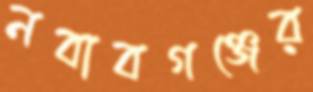
নবাবগঞ্জের